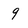
Character: 9